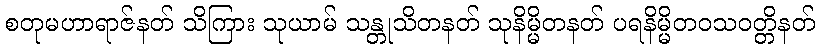
စတုမဟာရာဇ်နတ် သိကြား သုယာမ် သန္တုသိတနတ် သုနိမ္မိတနတ် ပရနိမ္မိတဝသဝတ္တိနတ်